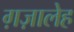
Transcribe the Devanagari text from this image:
ग़ज़ालेह